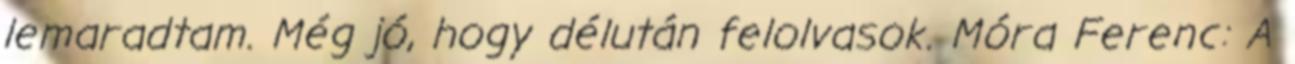
lemaradtam. Még jó, hogy délután felolvasok. Móra Ferenc: A